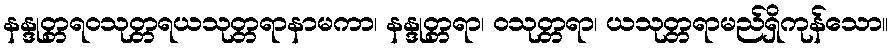
နန္ဒုတ္တရဝသုတ္တရယသုတ္တရာနာမကာ၊ နန္ဒုတ္တရာ၊ ဝသုတ္တရာ၊ ယသုတ္တရာမည်ရှိကုန်သော။